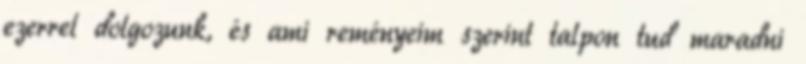
ezerrel dolgozunk, és ami reményeim szerint talpon tud maradni